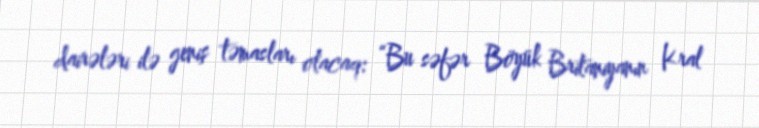
dairələri ilə geniş təmasları olacaq: “Bu səfər Böyük Britaniyanın Kral